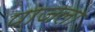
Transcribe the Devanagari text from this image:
पाजला